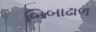
બિબાઢાળ